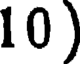
10)